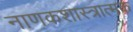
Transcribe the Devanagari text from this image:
नाणकशास्त्रात्मक